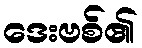
ဒေးဗစ်၏